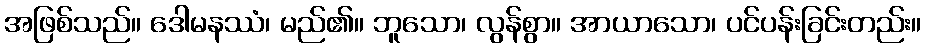
အဖြစ်သည်။ ဒေါမနဿံ၊ မည်၏။ ဘူသော၊ လွန်စွာ။ အာယာသော၊ ပင်ပန်းခြင်းတည်း။